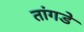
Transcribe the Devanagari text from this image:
तांगडे